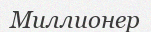
Миллионер